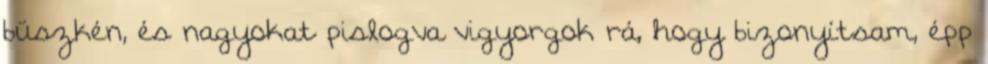
büszkén, és nagyokat pislogva vigyorgok rá, hogy bizonyítsam, épp